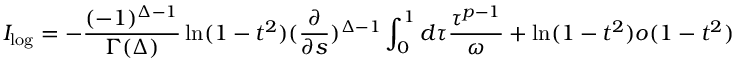
I _ { \log } = - \frac { ( - 1 ) ^ { \Delta - 1 } } { \Gamma ( \Delta ) } \ln ( 1 - t ^ { 2 } ) ( \frac { \partial } { \partial s } ) ^ { \Delta - 1 } \int _ { 0 } ^ { 1 } d \tau \frac { \tau ^ { p - 1 } } { \omega } + \ln ( 1 - t ^ { 2 } ) o ( 1 - t ^ { 2 } )